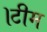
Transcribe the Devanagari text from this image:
।टीम